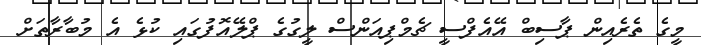
މީގެ ތެރެއިން ޕާސިބް އޭއެފްސީ ޗެމްޕިއަންސް ލީގުގެ ޕްލޭއޮފުގައި ކުޅެ އެ މުބާރާތަށް